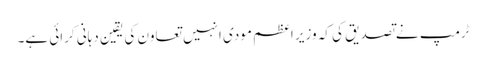
ٹرمپ نے تصدیق کی کہ وزیر اعظم مودی انہیں تعاون کی یقین دہانی کرائی ہے۔